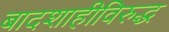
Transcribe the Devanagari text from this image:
बादशाहीविरुद्ध